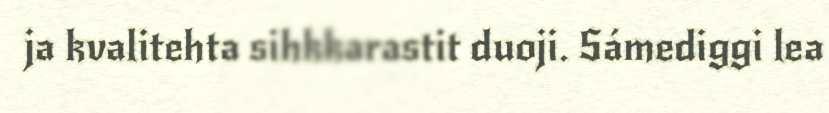
ja kvalitehta sihkkarastit duoji. Sámediggi lea